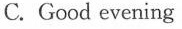
C.Good evening